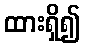
ထားရှိ၍